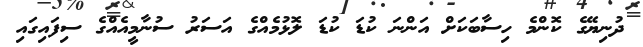
ދުނިޔޭގެ ކޮންމެ ހިސާބަކަށް އަންނަ ކުޑަ ކުޑަ ލޮޅުމެއްގެ އަސަރު ސުނާމީއެއްގެ ސިފައިގައި